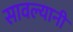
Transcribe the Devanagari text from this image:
सावल्यानी